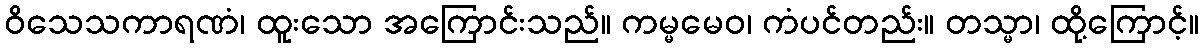
ဝိသေသကာရဏံ၊ ထူးသော အကြောင်းသည်။ ကမ္မမေဝ၊ ကံပင်တည်း။ တသ္မာ၊ ထို့ကြောင့်။